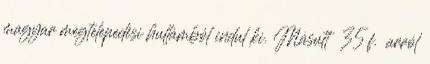
magyar megtelepedési hullámból indul ki. Másutt 35 f. arról